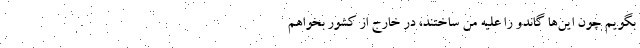
بگویم چون این‌ها گاندو را علیه من ساختند، در خارج از کشور بخواهم